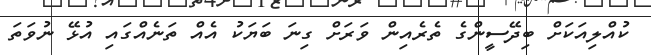
ކުއްލިއަކަށް ބިދޭސީންގެ ތެރެއިން ވަރަށް ގިނަ ބަޔަކު އެއް ތަނެއްގައި އުޅޭ ނުވަތަ